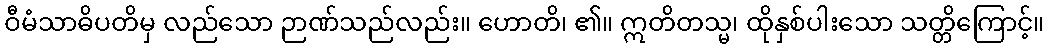
ဝီမံသာဓိပတိမှ လည်သော ဉာဏ်သည်လည်း။ ဟောတိ၊ ၏။ ဣတိတသ္မ၊ ထိုနှစ်ပါးသော သတ္တိကြောင့်။